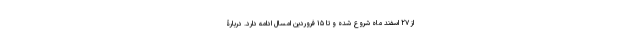
از ۲۷ اسفند ماه شروع شده و تا ۱۵ فروردین امسال ادامه دارد. دربارۀ